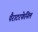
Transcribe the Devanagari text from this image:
पैराटरफेनिल